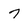
Character: 7